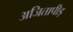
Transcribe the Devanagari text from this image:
अजितापीड़